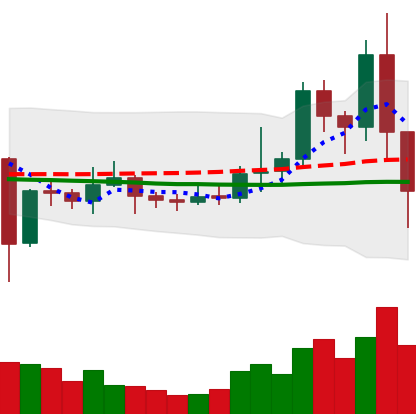
Ticker: EOS-USD
Chart end date: 2021-01-11
Forward return: 4.196%
Label: up_3_5